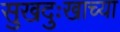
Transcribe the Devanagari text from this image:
सुखदुःखाच्या